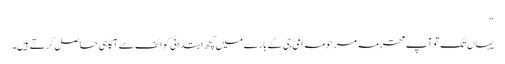
“
یہاں تک تو آپ محترمہ مرحومہ امی جی کے بارے میں کچھ ابتدائی کوائف سے آگاہی حاصل کرتے ہیں۔